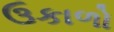
ઉકાળો